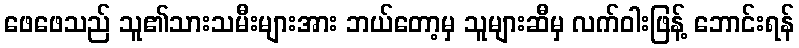
ဖေဖေသည် သူ၏သားသမီးများအား ဘယ်တော့မှ သူများဆီမှ လက်ဝါးဖြန့် ဘောင်းရန်